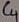
Text: C4